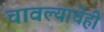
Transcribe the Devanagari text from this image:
चावल्याचेही